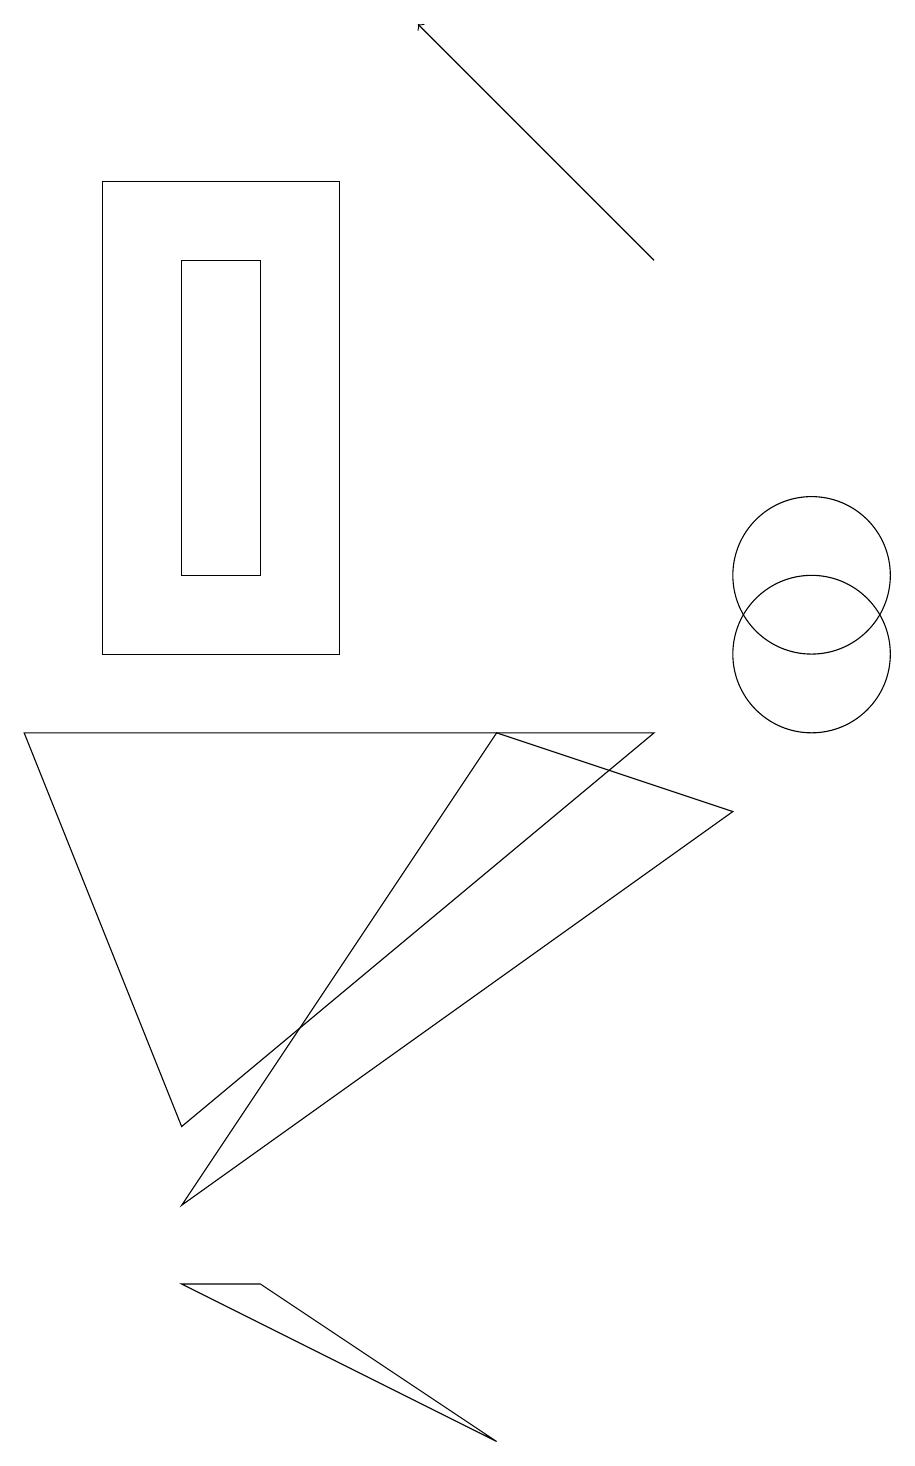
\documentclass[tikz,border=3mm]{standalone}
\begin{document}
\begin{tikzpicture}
\draw[->] (8,15) -- (5,18);
\draw (3,15) rectangle (2,11);
\draw (10,11) circle (1);
\draw (1,10) rectangle (4,16);
\draw (8,9) -- (0,9) -- (2,4) -- cycle;
\draw (10,10) circle (1);
\draw (6,0) -- (2,2) -- (3,2) -- cycle;
\draw (9,8) -- (6,9) -- (2,3) -- cycle;
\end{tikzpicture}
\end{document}